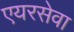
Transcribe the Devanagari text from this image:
एयरसेवा